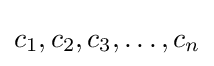
c_{1},c_{2},c_{3},\ldots ,c_{n}